Source: Handwritten
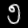
Digit: ၅ (5)